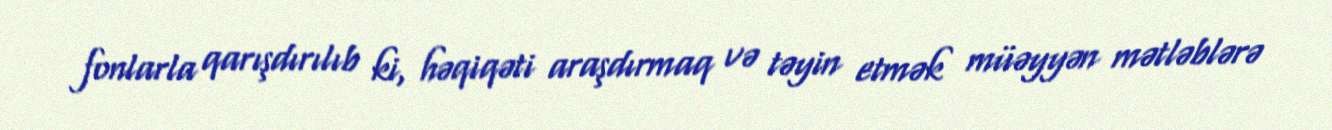
fonlarla qarışdırılıb ki, həqiqəti araşdırmaq və təyin etmək müəyyən mətləblərə